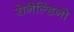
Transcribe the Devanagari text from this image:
रोनैल्डिनो